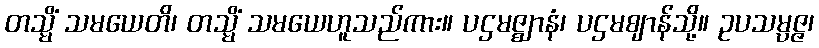
တသ္မိံ သမယေတိ၊ တသ္မိံ သမယေဟူသည်ကား။ ပဌမဇ္ဈာနံ၊ ပဌမဈာန်သို့။ ဥပသမ္ပဇ္ဇ၊